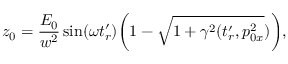
z _ { 0 } = \frac { E _ { 0 } } { w ^ { 2 } } \sin ( \omega t _ { r } ^ { \prime } ) \biggl ( 1 - \sqrt { 1 + \gamma ^ { 2 } ( t _ { r } ^ { \prime } , p _ { 0 x } ^ { 2 } } ) \biggr ) ,